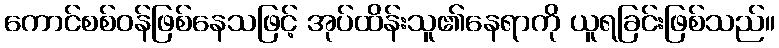
ကောင်စစ်ဝန်ဖြစ်နေသဖြင့် အုပ်ထိန်းသူ၏နေရာကို ယူရခြင်းဖြစ်သည်။